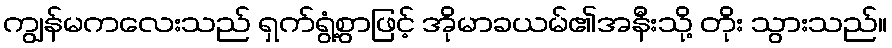
ကျွန်မကလေးသည် ရှက်ရွံ့စွာဖြင့် အိုမာခယမ်၏အနီးသို့ တိုး သွားသည်။